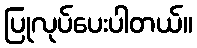
ပြုလုပ်ပေးပါတယ်။